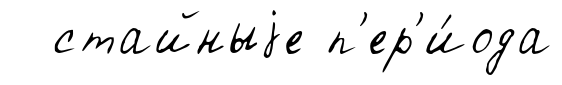
стайныjе п'ер'и́ода